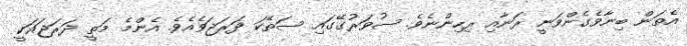
އެތަން ބިނާވެގެންވަނީ ރަނާއި ރިހިންނެވެ. ސުވަރުގޭގައި ސަތޭކަ ދަރަޖަވެއެވެ. އެންމެ މަތީ ދަރަޖައަކީ